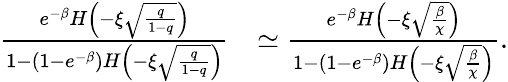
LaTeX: \begin{array}{rl}{\frac{e^{-\beta}H\Big(-\xi\sqrt{\frac{q}{1-q}}\Big)}{1-(1-e^{-\beta})H\Big(-\xi\sqrt{\frac{q}{1-q}}\Big)}}&{\simeq\frac{e^{-\beta}H\Big(-\xi\sqrt{\frac{\beta}{\chi}}\Big)}{1-(1-e^{-\beta})H\Big(-\xi\sqrt{\frac{\beta}{\chi}}\Big)}.}\end{array}